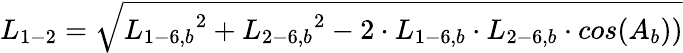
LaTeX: {L_{1-2}}=\sqrt{{L_{1-6,b}}^{2}+{L_{2-6,b}}^{2}-2\cdot{L_{1-6,b}}\cdot{L_{2-6,b}}\cdot cos({A_{b}}))}